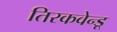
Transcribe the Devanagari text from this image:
तिरकवेन्डू